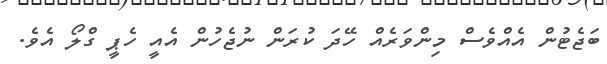
ބަޖެޓުން އެއްވެސް މިންވަރެއް ހޭދަ ކުރަން ނުޖެހުން އެއީ ހެޕީ ގްލޯ އެވެ.